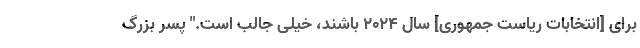
برای [انتخابات ریاست جمهوری] سال ۲۰۲۴ باشند، خیلی جالب است." پسر بزرگ